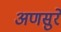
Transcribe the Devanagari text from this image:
अणसुरे